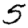
Digit: 5